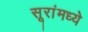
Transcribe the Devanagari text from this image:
सूरांमध्ये